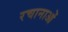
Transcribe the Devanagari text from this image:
रचानाओं